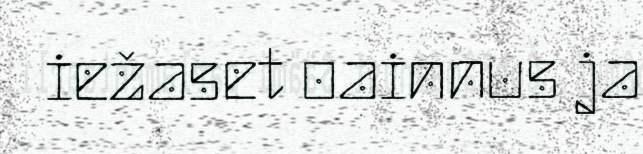
iežaset oainnus ja